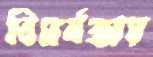
বিমর্ষতায়